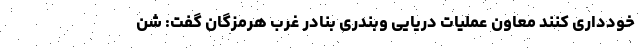
خودداری کنند معاون عملیات دریایی وبندری بنادر غرب هرمزگان گفت: شن